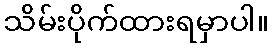
သိမ်းပိုက်ထားရမှာပါ။